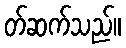
တ်ဆက်သည်။